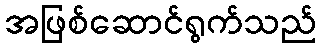
အဖြစ်ဆောင်ရွက်သည်